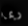
ربما